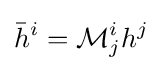
{\bar {h}}^{i}={\mathcal {M}}_{j}^{i}h^{j}